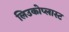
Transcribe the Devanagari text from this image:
लिउकोप्लास्ट